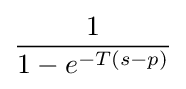
{\frac {1}{1-e^{-T(s-p)}}}